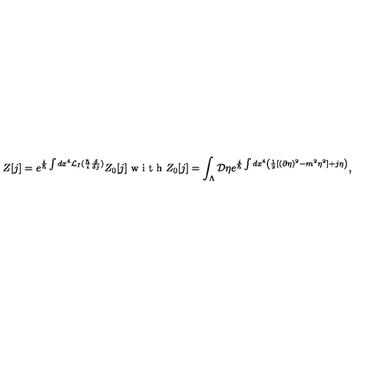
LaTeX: Z [ j ] = e ^ { \frac { i } { \hbar } \int d x ^ { 4 } { \cal { L } } _ { I } ( \frac { \hbar } { i } \frac { \delta } { \delta j } ) } Z _ { 0 } [ j ] \textrm { w i t h } Z _ { 0 } [ j ] = \int _ { \Lambda } { \cal { D } } \eta e ^ { \frac { i } { \hbar } \int d x ^ { 4 } \left( \frac { 1 } { 2 } [ ( \partial \eta ) ^ { 2 } - m ^ { 2 } \eta ^ { 2 } ] + j \eta \right) } ,